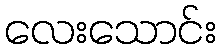
လေးသောင်း